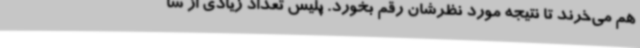
هم می‌خرند تا نتیجه مورد نظرشان رقم بخورد. پلیس تعداد زیادی از سا